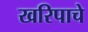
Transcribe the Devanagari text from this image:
खरिपाचे